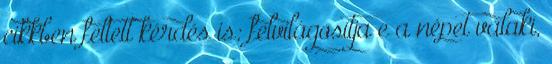
cikkben feltett kérdés is: felvilágosítja e a népet valaki,